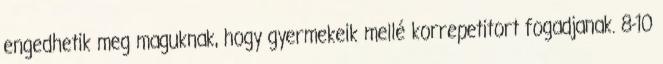
engedhetik meg maguknak, hogy gyermekeik mellé korrepetitort fogadjanak. 8-10